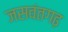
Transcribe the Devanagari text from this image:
जसवंतगढ़